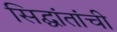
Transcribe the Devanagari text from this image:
सिद्घांतांची